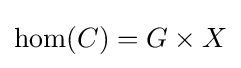
\mathrm {hom} (C)=G\times X